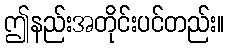
ဤနည်းအတိုင်းပင်တည်း။